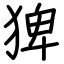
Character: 猈